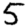
Digit: 5